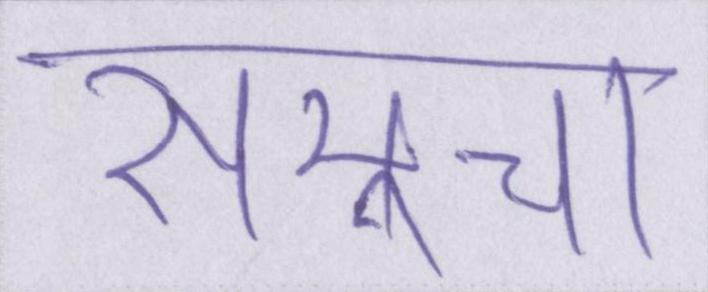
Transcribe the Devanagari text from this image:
समूचा